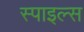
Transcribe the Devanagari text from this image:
स्पाइल्स